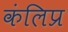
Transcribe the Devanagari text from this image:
कंलिप्र